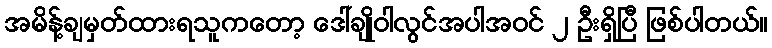
အမိန့်ချမှတ်ထားရသူကတော့ ဒေါ်ချိုဝါလွင်အပါအဝင် ၂ ဦးရှိပြီ ဖြစ်ပါတယ်။